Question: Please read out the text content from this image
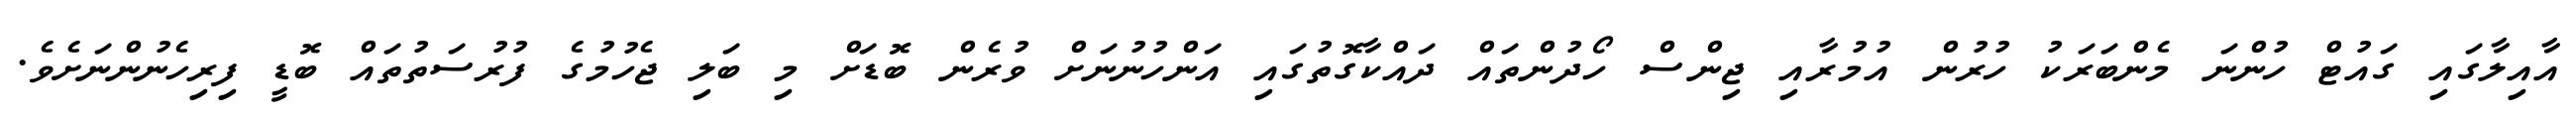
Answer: އާއިލާގައި ގައުޓް ހުންނަ މެންބަރަކު ހުރުން އުމުރާއި ޖިންސް ހޯދުންތައް ދައްކާގޮތުގައި އަންހުނުނަށް ވުރެން ބޮޑަށް މި ބަލި ޖެހުމުގެ ފުރުސަތުތައް ބޮޑީ ފިރިހެނުންނަށެވެ.